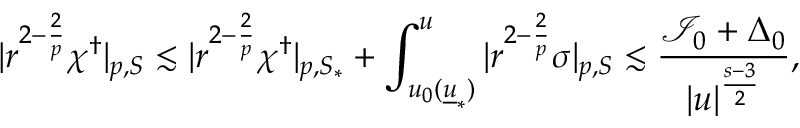
| r ^ { 2 - \frac { 2 } { p } } \chi ^ { \dagger } | _ { p , S } \lesssim | r ^ { 2 - \frac { 2 } { p } } \chi ^ { \dagger } | _ { p , S _ { * } } + \int _ { u _ { 0 } ( { \underline { { u } } } _ { * } ) } ^ { u } | r ^ { 2 - \frac { 2 } { p } } \sigma | _ { p , S } \lesssim \frac { \mathcal { I } _ { 0 } + \Delta _ { 0 } } { | u | ^ { \frac { s - 3 } { 2 } } } ,